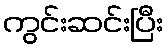
ကွင်းဆင်းပြီး